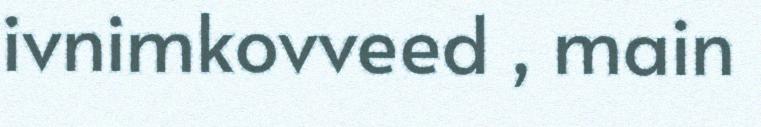
ivnimkovveed , main